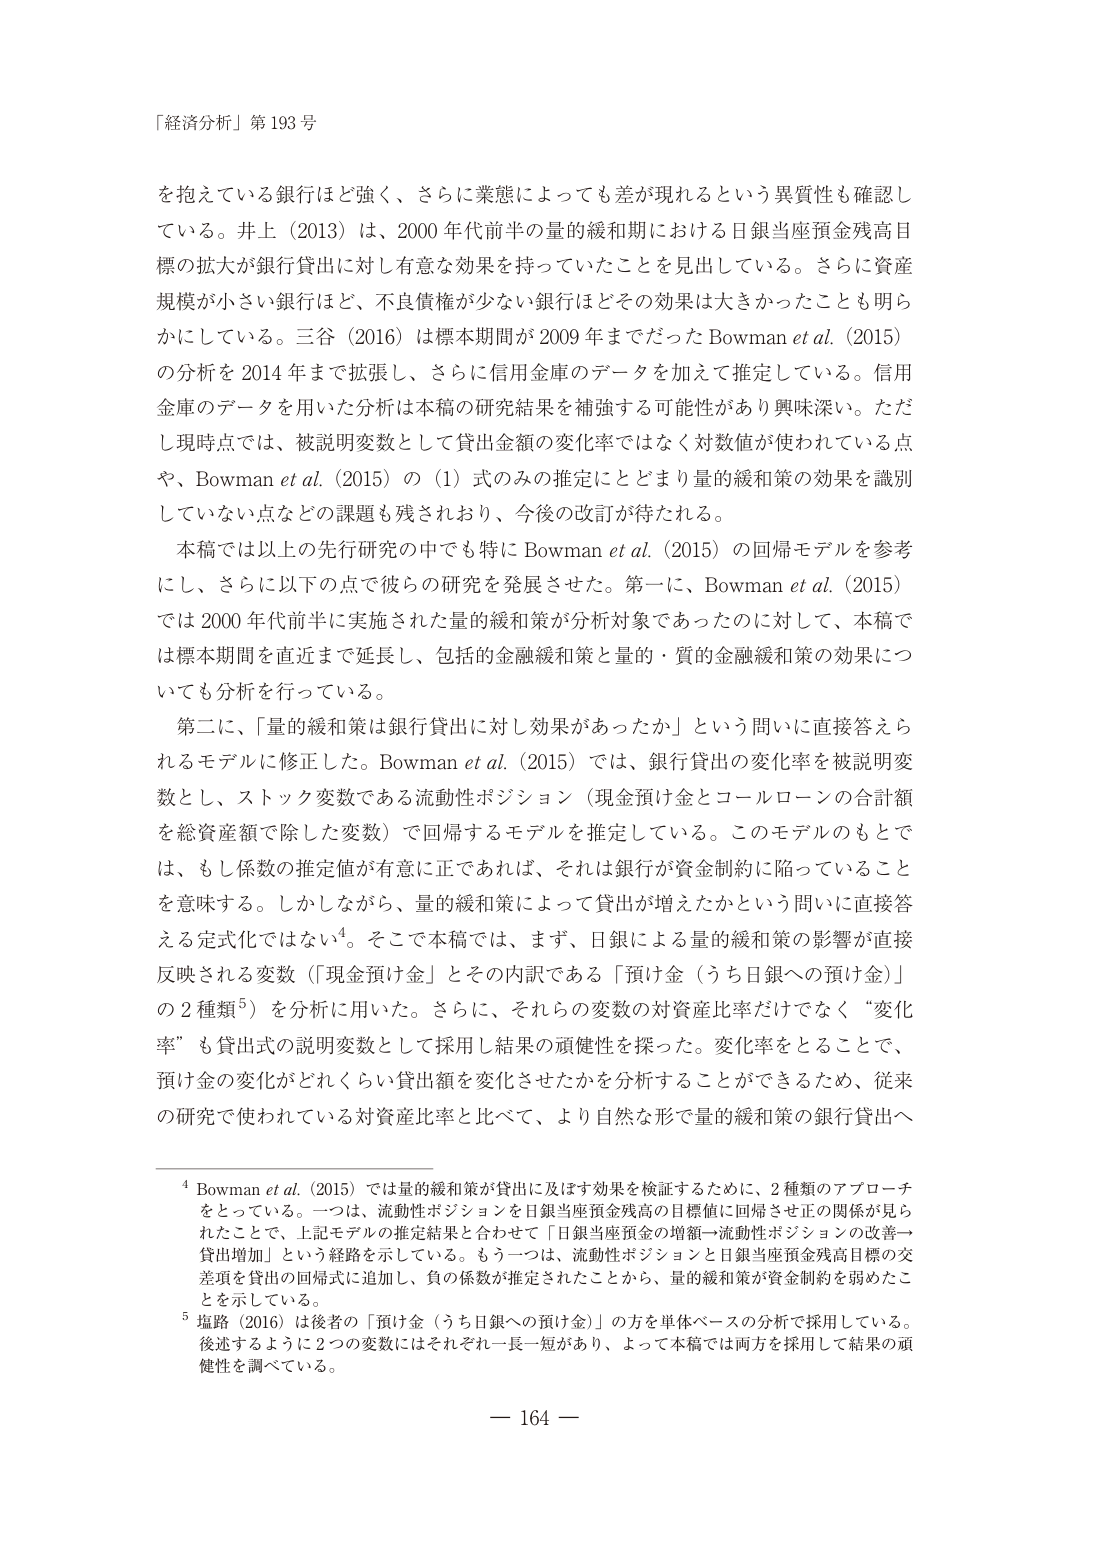
「経済分析」第193号

を抱えている銀行は強く、さらに業態によっても差が現れるという異質性も確認している。井上（2013）は、2000年代前半の量的緩和期における日銀当座預金残高目標の拡大が銀行貸出に対し有意な効果を持っていたことを見出している。さらに資産規模が小さい銀行ほど、不良債権が少ない銀行ほどその効果は大きかったことも明らかにしている。三谷（2016）は標本期間が2009年までだったBowman et al.（2015）の分析を2014年まで拡張し、さらに信用金庫のデータを加えて推定している。信用金庫のデータを用いた分析は本稿の研究結果を補強する可能性があり興味深い。ただし現時点では、被説明変数として貸出金額の変化率ではなく対数値が使われている点や、Bowman et al.（2015）の（1）式のみの推定にとどまり量的緩和策の効果を識別していない点などの課題も残されており、今後の改訂が待たれる。

本稿では以上の先行研究の中でも特にBowman et al.（2015）の回帰モデルを参考にし、さらに以下の点で彼らの研究を発展させた。第一に、Bowman et al.（2015）では2000年代前半に実施された量的緩和策が分析対象であったのに対して、本稿では標本期間を直近まで延長し、包括的金融緩和策と量的・質的金融緩和策の効果についても分析を行っている。

第二に、「量的緩和策は銀行貸出に対し効果があったか」という問いに直接答えられるモデルに修正した。Bowman et al.（2015）では、銀行貸出の変化率を被説明変数とし、ストック変数である流動性ポジション（現金預け金とコールローンの合計額を総資産額で除した変数）で回帰するモデルを推定している。このモデルのもとでは、もし係数の推定値が有意に正であれば、それは銀行が資金制約に陥っていることを意味する。しかしながら、量的緩和策によって貸出が増えたかという問いに直接答える定式化ではない⁴。そこで本稿では、まず、日銀による量的緩和策の影響が直接反映される変数（「現金預け金」とその内訳である「預け金（うち日銀への預け金）」の2種類⁵）を分析に用いた。さらに、それらの変数の対資産比率だけでなく“変化率”も貸出式の説明変数として採用し結果の頑健性を採った。変化率をとることで、預け金の変化がどれくらい貸出額を変化させたかを分析することができるため、従来の研究で使われている対資産比率と比べて、より自然な形で量的緩和策の銀行貸出へ

⁴ Bowman et al.（2015）では量的緩和策が貸出に及ぼす効果を検証するために、2種類のアプローチをとっている。一つは、流動性ポジションを日銀当座預金残高の目標値に回帰させ正の関係が見られたことで、上記モデルの推定結果と合わせて「日銀当座預金の増額→流動性ポジションの改善→貸出増加」という経路を示している。もう一つは、流動性ポジションと日銀当座預金残高目標の交差項を貸出の回帰式に追加し、負の係数が推定されたことから、量的緩和策が資金制約を弱めたことを示している。

⁵ 塩路（2016）は後者の「預け金（うち日銀への預け金）」の方を単体ベースの分析で採用している。後述するように2つの変数にはそれぞれ一長一短があり、よって本稿では両方を採用して結果の頑健性を調べている。

— 164 —